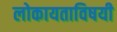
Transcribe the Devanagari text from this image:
लोकायताविषयी